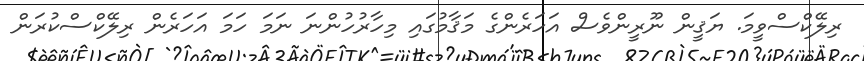
ރިލޭކްސްވީމަ. ޔަޤީން ނޫރީންވެސް އަހަރެންގެ މަޤާމުގައި މިހާރުހުންނަ ނަމަ ހަމަ އަހަރެން ރިލޭކްސްކުރަން